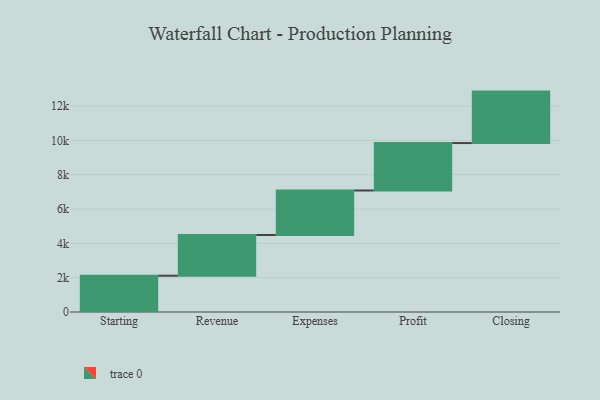
{"axis": {"x": "Step", "y": "Value"}, "legend": [""], "data": [{"x": "Starting", "y": 2115.0, "type": ""}, {"x": "Revenue", "y": 2374.0, "type": ""}, {"x": "Expenses", "y": 2595.0, "type": ""}, {"x": "Profit", "y": 2764.0, "type": ""}, {"x": "Closing", "y": 3000, "type": ""}]}